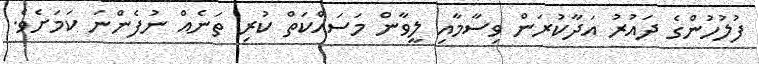
ފުލުހުންގެ ދައުރު އަދާކުރަން ވިސާމާއި ލީވާން މަސައްކަތް ކުރި ތަނެއް ނުފެންނަ ކަމަށެވެ.